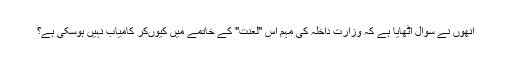
انھوں نے سوال اٹھایا ہے کہ وزارت داخلہ کی مہم اس ''لعنت'' کے خاتمے میں کیوںکر کامیاب نہیں ہوسکی ہے؟